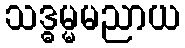
သဒ္ဓမ္မမညာယ